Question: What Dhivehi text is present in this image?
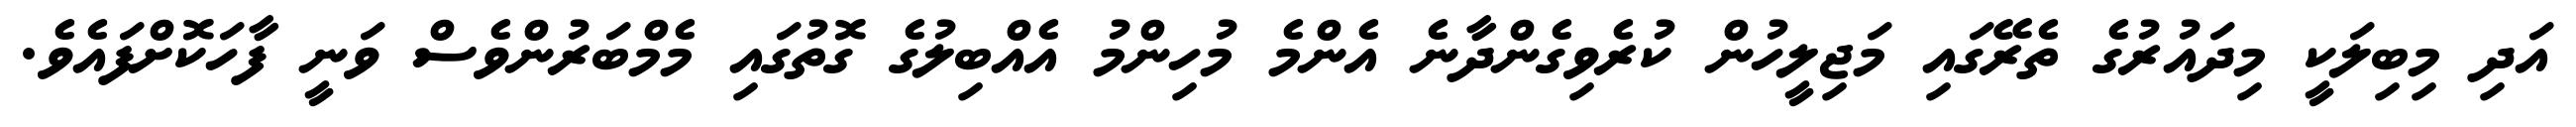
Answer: އަދި މިބިލަކީ މިދައުރުގެ ތެރޭގައި މަޖިލީހުން ކުރެވިގެންދާނެ އެންމެ މުހިންމު އެއްބިލުގެ ގޮތުގައި މެމްބަރުންވެސް ވަނީ ފާހަކޮށްފައެވެ.